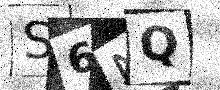
Text: S6NQ